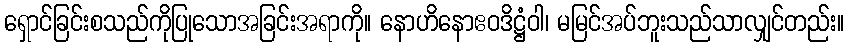
ရှောင်ခြင်းစသည်ကိုပြုသောအခြင်းအရာကို။ နောဟိနောဧဝဒိဋ္ဌံဝါ၊ မမြင်အပ်ဘူးသည်သာလျှင်တည်း။